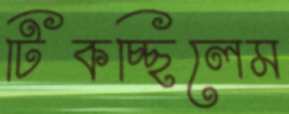
টিকচ্ছিলেম